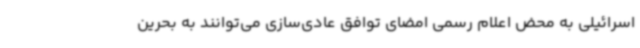
اسرائیلی به محض اعلام رسمی امضای توافق عادی‌سازی می‌توانند به بحرین